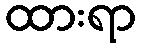
ထားရာ